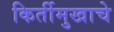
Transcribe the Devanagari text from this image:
किर्तीमुखाचे